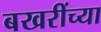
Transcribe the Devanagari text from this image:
बखरींच्या